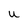
Character: u